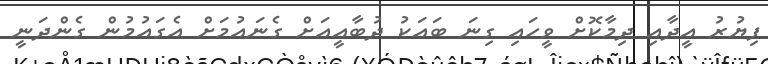
ފިޔުރު ޢީދާއި ދިމާކޮށް ވީހައި ގިނަ ބައަކު ދުބާއީއަށް ގެނައުމަށް އެގައުމުން ގެންދަނީ